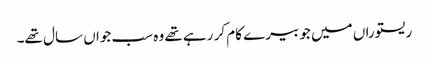
ریستوراں میں جو بیرے کام کر رہے تھے وہ سب جواں سال تھے۔